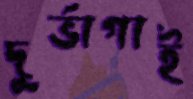
দুর্ভাগাই